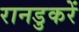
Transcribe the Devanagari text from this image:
रानडुकरें